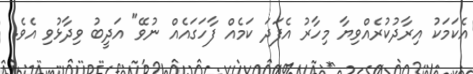
އެކަމަކު އިރާދުކުރެއްވިޔާ މިހާރު އެފަދަ ކަމެއް ފާހަގައެއް ނުވޭ" އަދީބު ވިދާޅުވި އެވެ.